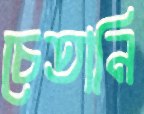
চেতানি